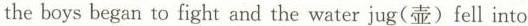
the boys began to fight and the water jug(壶)fell into